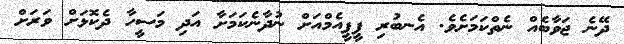
ދޭނެ ޖަވާބެއް ނެތްކަމަށެވެ. އެނބުރި ޕީޕީއެމްއަށް ނުދާނެކަމަށާ އަދި މަސީހާ ދެކޮޅަށް ވަރަށް